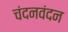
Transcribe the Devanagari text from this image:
चंदनवंदन